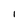
Character: I